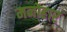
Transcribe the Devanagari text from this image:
मनोहार